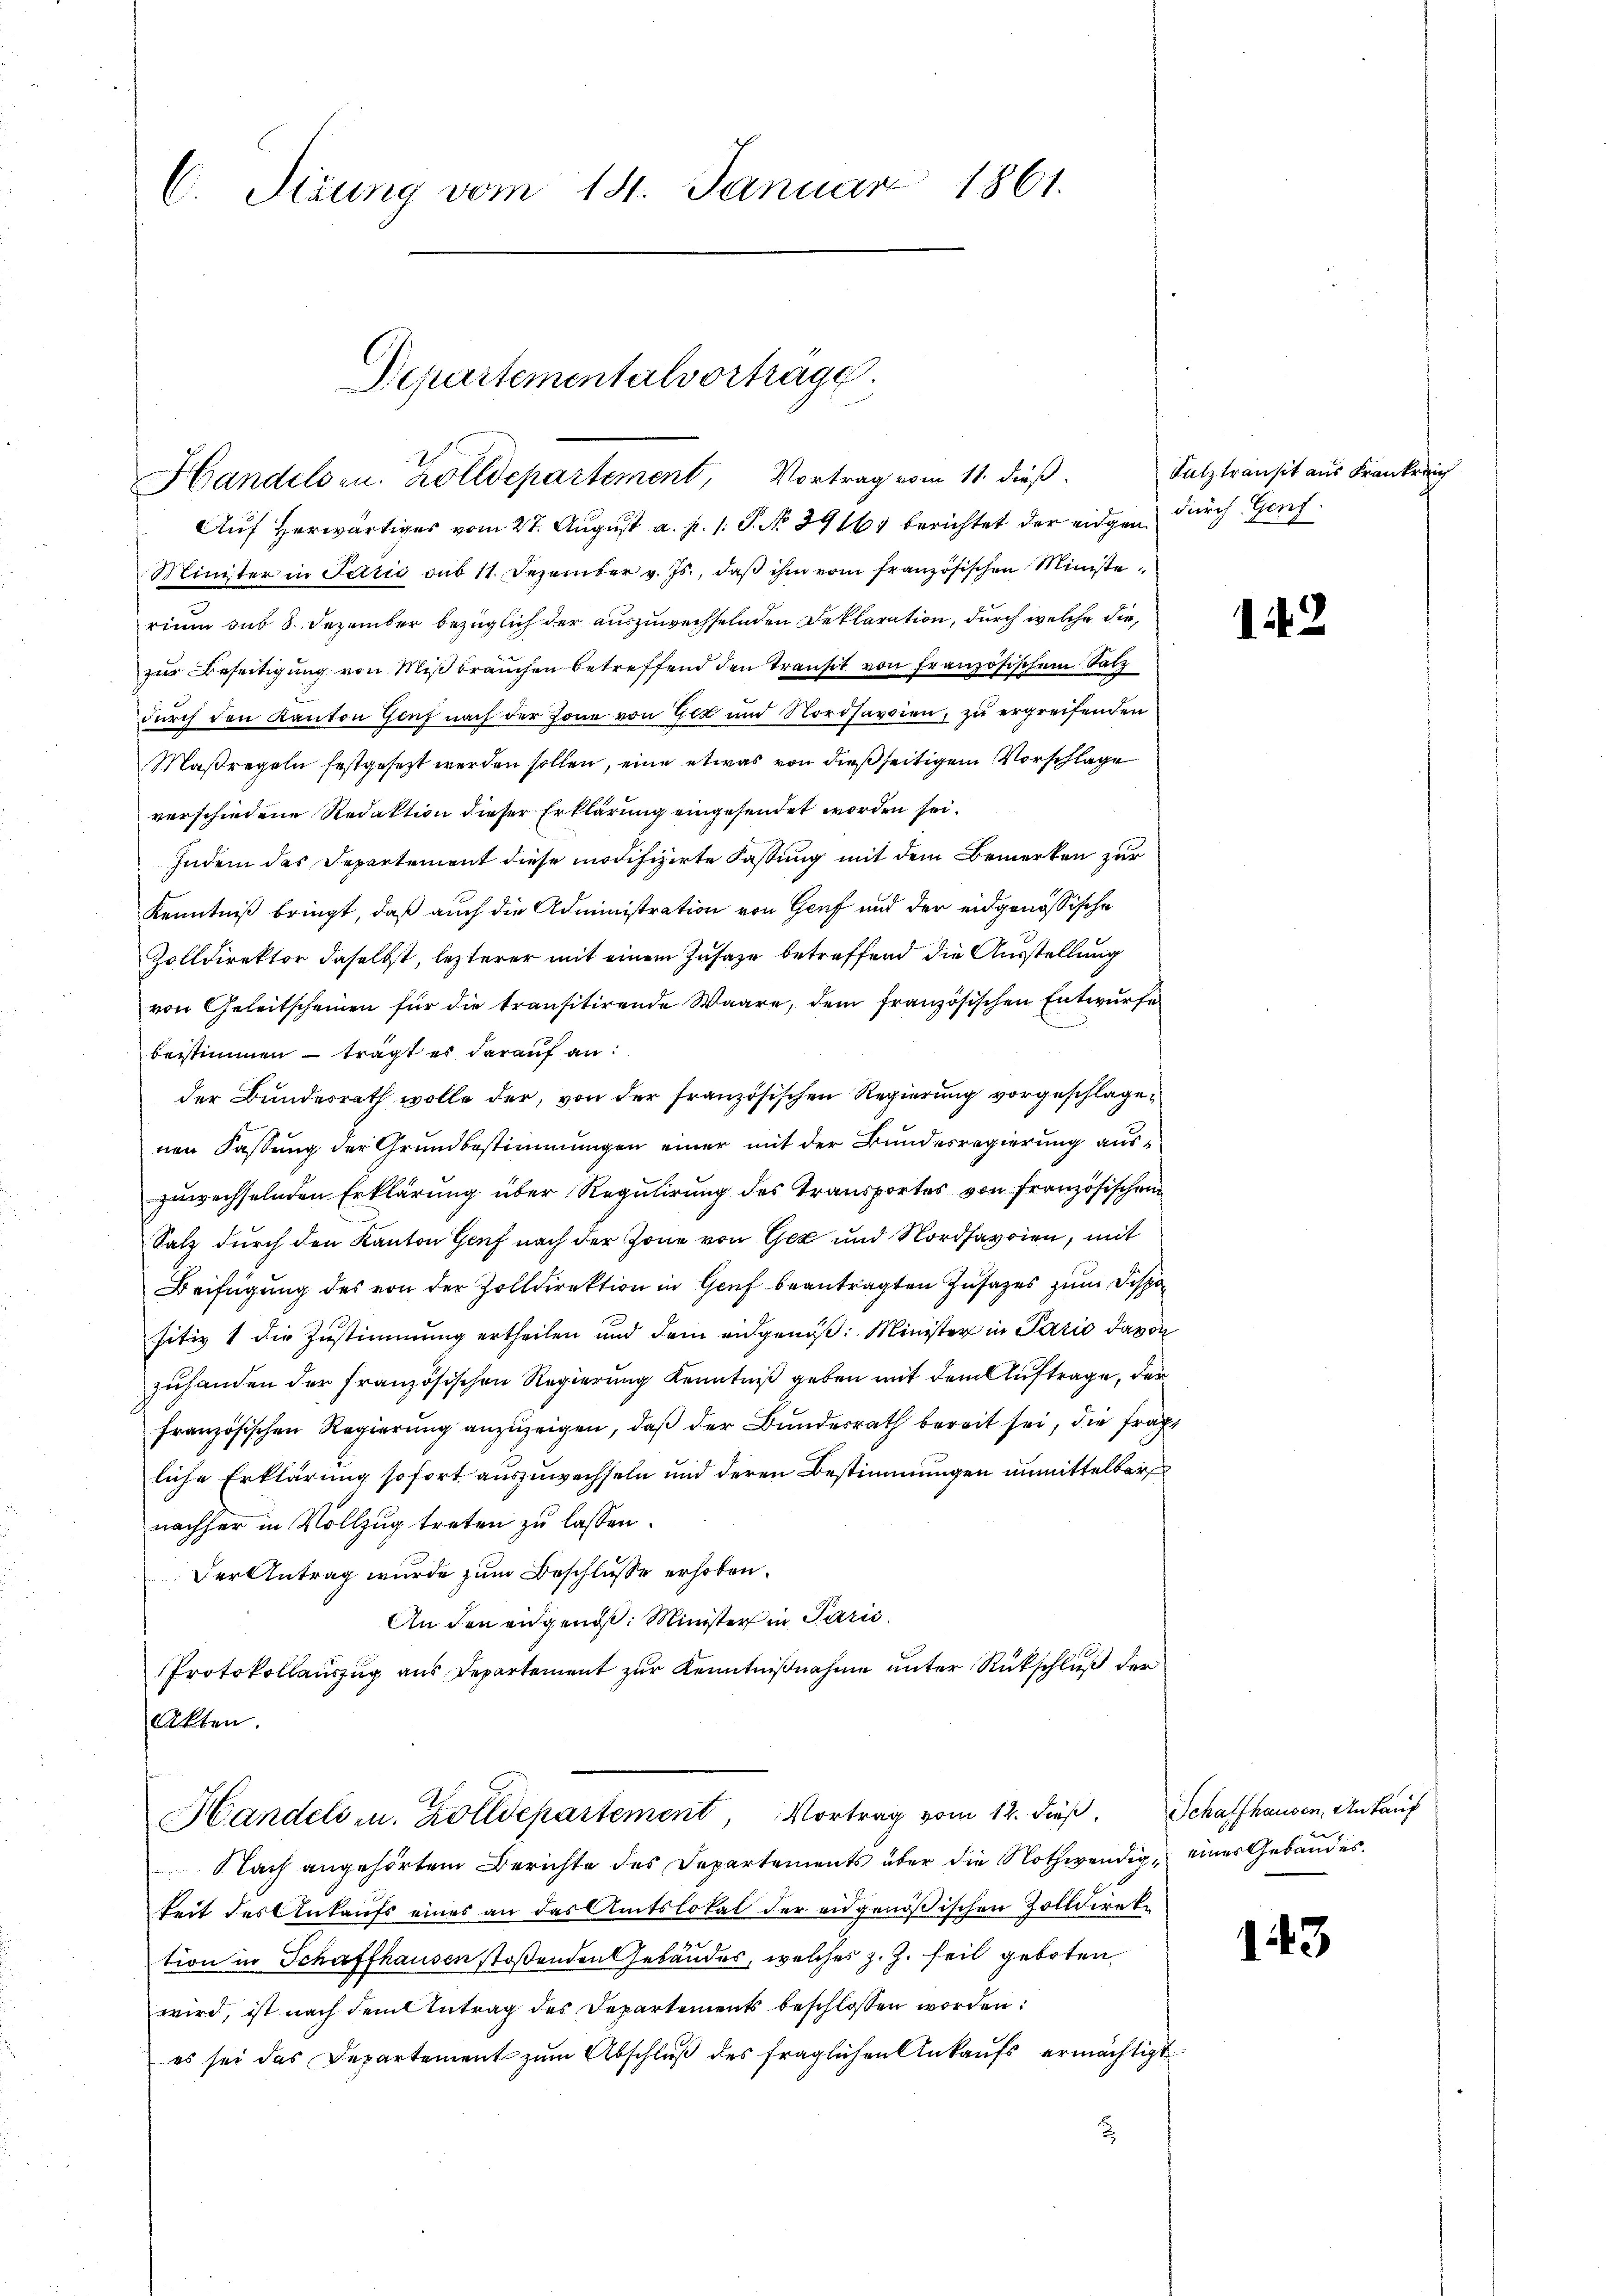
C. Sizung vom 14. Januar 1861.

Auf herwärtiges vom 27. August a. p. 1. P. No 39161 berichtet der eidgen durch Genf
Minister in Paris sub 11. Dezember v. Js., daß ihm vom französischen Ministe
rium sub 8. Dezember bezüglich der auszuwechselnden Deklaration, durch welche die,
zur Beseitigung von Mißbrauchen betreffend den Transit von Französischen Satz
durch den Kanton Genf nach der Tone von Gez und Nordsavaien, zu ergreifenden
Maßregeln festgesezt werden sollen, eine etwas von dießseitigem Vorschläge
verschiedene Redaktion dieser Erklärung eingesendet worden sei.
Indem das Departement diese modifizirte Fassung mit dem Bemerken zur
Kenntniß bringt, daß auch die Administration von Genf und der eidgenössische
Zolldirektor daselbst, lezterer mit einem Zusage betreffend die Ausstellung
von Geleitscheinen für die transitirende Waare, dem französischen Entwurfe
beistimmen — trägt es darauf an:
der Bundesrath wolle der, von der französischen Regierung vorgeschlage
nen Fastung der Grundbestimmungen einer mit der Bundesregierung auszuwechselnden Erklärung über Regulirung des Transportes von französischen
Satz durch den Kanton Genf nach der Zone von Gez und Nordsavrien, mit
Beifügung des von der Zolldirektion in Genf beantragten Zusatzes zum Dispositiv 1 die Zustimmung ertheilen und dem eidgenöß: Minister in Pario davon
zuhanden der französischen Regierung Kenntniß geben mit dem Auftrage, der
französischen Regierŭng anzŭzeigen, daβ der Bŭndesrath bereit sei, die fragt
liche Erklärung sofort auszuwechseln und deren Bestimmungen unmittelbar
nachher in Vollzug treten zu lassen.
Der Antrag wurde zum Beschlusse erhoben.
An den eidgenöß: Minister in Paris
Protokollauszug aus Departement zur Kenntnißnahme unter Rückschluß der
Akten.

Departementalvortrage.
Handelsen. Zolldepartement, Vortrag vom 11. dieß

Handels u. Zolldepartement, Vortrag vom 12. dieß, Schaffhausen, Ankauf

Nach angehörtem Berichte des Departements über die Nothwendig, eines Gebäudes.
keit des Ankaufs eines an das Amtslokal der eidgenößischen Zolldirek
tion in Schaffhausen stoßenden Gebäudes, welches z. Z. feil geboten
wird, ist nach dem Antrag des Departements beschlossen worden:
es sei das Departement zŭm Abschlŭβ des fraglichen Ankaŭfs ermächtigt

Salztransit aus Krankreic

142

143